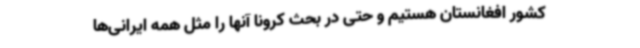
کشور افغانستان هستیم و حتی در بحث کرونا آنها را مثل همه ایرانی‌ها